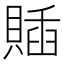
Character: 𧶵